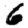
Digit: 6